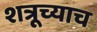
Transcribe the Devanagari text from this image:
शत्रूच्याच